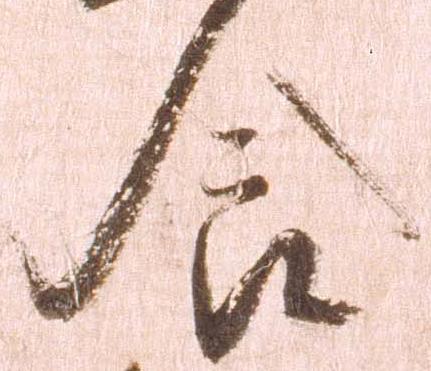
食